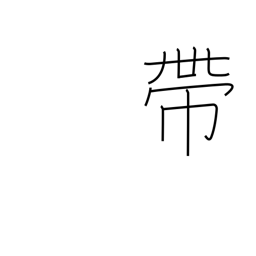
Meaning: band